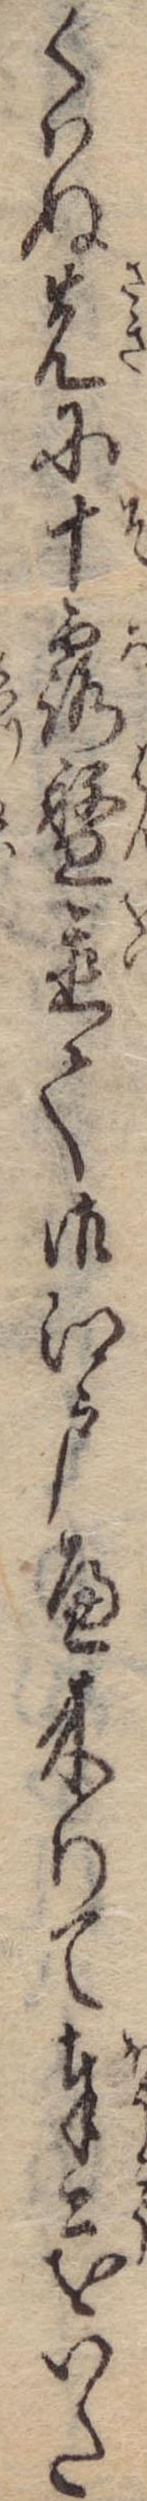
くはぬ先に十露盤置て御江戸へ来りて奉公をいた